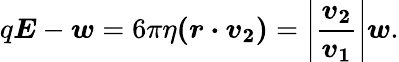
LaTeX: q{\boldsymbol{E}}-{\boldsymbol{w}}=6\pi\eta{\boldsymbol{(r\cdot v_{2})}}=\left|{\boldsymbol{\frac{v_{2}}{v_{1}}}}\right|{\boldsymbol{w}}.